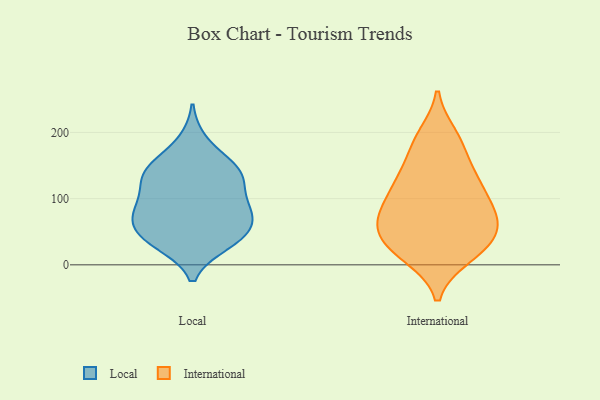
{"axis": {"x": "Waste Production (Tons)", "y": "Value"}, "legend": ["International", "Local"], "data": [{"x": "", "y": 89, "type": "Local"}, {"x": "", "y": 114, "type": "Local"}, {"x": "", "y": 76, "type": "Local"}, {"x": "", "y": 130, "type": "Local"}, {"x": "", "y": 32, "type": "Local"}, {"x": "", "y": 69, "type": "Local"}, {"x": "", "y": 44, "type": "Local"}, {"x": "", "y": 137, "type": "Local"}, {"x": "", "y": 78, "type": "Local"}, {"x": "", "y": 147, "type": "Local"}, {"x": "", "y": 36, "type": "Local"}, {"x": "", "y": 91, "type": "Local"}, {"x": "", "y": 143, "type": "Local"}, {"x": "", "y": 145, "type": "Local"}, {"x": "", "y": 59, "type": "Local"}, {"x": "", "y": 37, "type": "Local"}, {"x": "", "y": 186, "type": "Local"}, {"x": "", "y": 127, "type": "International"}, {"x": "", "y": 40, "type": "International"}, {"x": "", "y": 130, "type": "International"}, {"x": "", "y": 130, "type": "International"}, {"x": "", "y": 99, "type": "International"}, {"x": "", "y": 195, "type": "International"}, {"x": "", "y": 83, "type": "International"}, {"x": "", "y": 79, "type": "International"}, {"x": "", "y": 181, "type": "International"}, {"x": "", "y": 187, "type": "International"}, {"x": "", "y": 57, "type": "International"}, {"x": "", "y": 14, "type": "International"}, {"x": "", "y": 32, "type": "International"}, {"x": "", "y": 21, "type": "International"}, {"x": "", "y": 136, "type": "International"}, {"x": "", "y": 79, "type": "International"}, {"x": "", "y": 46, "type": "International"}, {"x": "", "y": 78, "type": "International"}, {"x": "", "y": 55, "type": "International"}, {"x": "", "y": 13, "type": "International"}]}